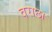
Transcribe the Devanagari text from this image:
वराछा